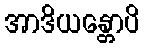
အာဒိယန္တောပိ